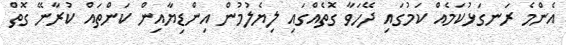
އެންމެ ރަނގަޅުކަމެއް ކަމުގައި ދޭހަވާ ގޮތެއްގައި ލިޔެލުމުން އިންޑިޔާއިން ކަންތައް ކުރާނޭ ގޮތް